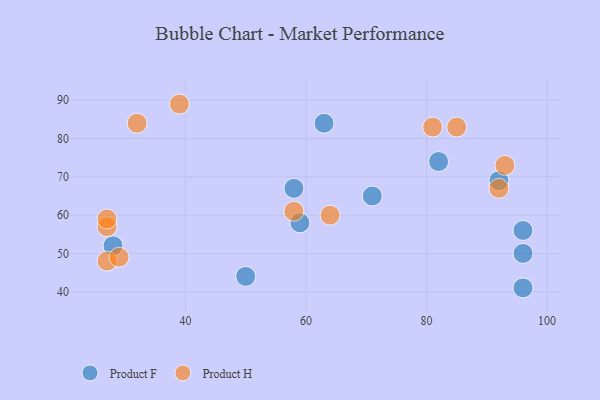
{"axis": {"x": "GDP", "y": "Life Expectancy"}, "legend": ["Product F", "Product H"], "data": [{"x": "96", "y": 41, "type": "Product F"}, {"x": "63", "y": 84, "type": "Product F"}, {"x": "96", "y": 50, "type": "Product F"}, {"x": "28", "y": 52, "type": "Product F"}, {"x": "82", "y": 74, "type": "Product F"}, {"x": "58", "y": 67, "type": "Product F"}, {"x": "50", "y": 44, "type": "Product F"}, {"x": "92", "y": 69, "type": "Product F"}, {"x": "59", "y": 58, "type": "Product F"}, {"x": "71", "y": 65, "type": "Product F"}, {"x": "96", "y": 56, "type": "Product F"}, {"x": "27", "y": 48, "type": "Product H"}, {"x": "27", "y": 57, "type": "Product H"}, {"x": "92", "y": 67, "type": "Product H"}, {"x": "64", "y": 60, "type": "Product H"}, {"x": "29", "y": 49, "type": "Product H"}, {"x": "32", "y": 84, "type": "Product H"}, {"x": "27", "y": 59, "type": "Product H"}, {"x": "85", "y": 83, "type": "Product H"}, {"x": "39", "y": 89, "type": "Product H"}, {"x": "58", "y": 61, "type": "Product H"}, {"x": "81", "y": 83, "type": "Product H"}, {"x": "93", "y": 73, "type": "Product H"}]}